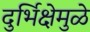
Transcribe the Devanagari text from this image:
दुर्भिक्षेमुळे